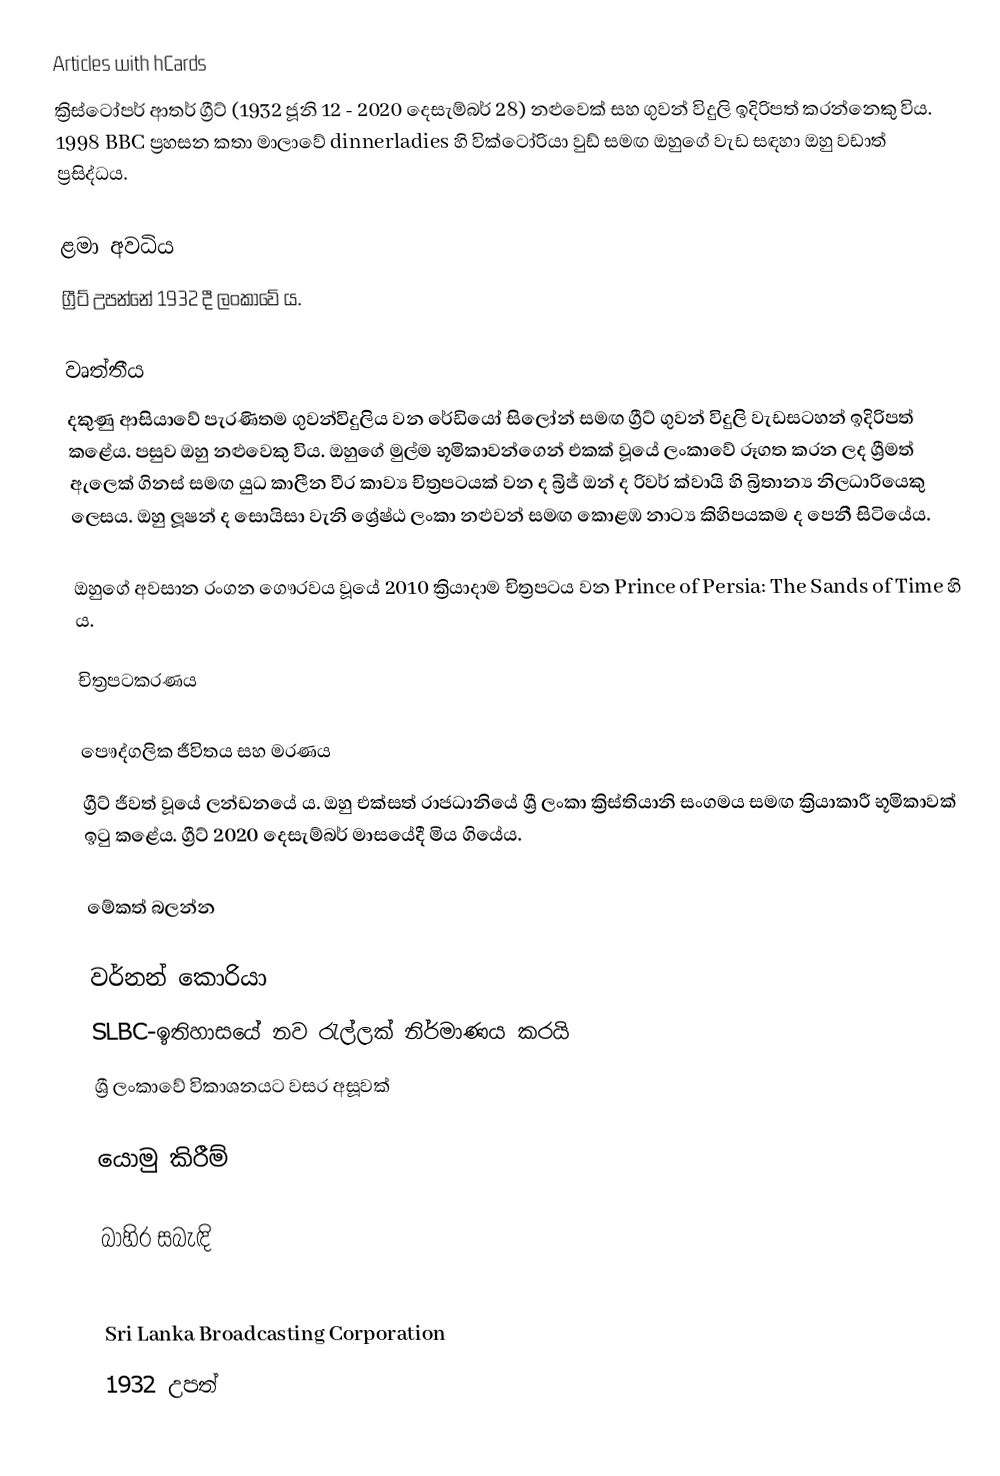
Articles with hCards
ක්‍රිස්ටෝපර් ආතර් ග්‍රීට් (1932 ජූනි 12 - 2020 දෙසැම්බර් 28)  නළුවෙක් සහ ගුවන් විදුලි ඉදිරිපත් කරන්නෙකු විය. 1998 BBC ප්‍රහසන කතා මාලාවේ dinnerladies හි වික්ටෝරියා වුඩ් සමඟ ඔහුගේ වැඩ සඳහා ඔහු වඩාත් ප්‍රසිද්ධය.

ළමා අවධිය
ග්‍රීට් උපන්නේ 1932 දී ලංකාවේ ය.

වෘත්තීය
දකුණු ආසියාවේ පැරණිතම ගුවන්විදුලිය වන රේඩියෝ සිලෝන් සමඟ ග්‍රීට් ගුවන් විදුලි වැඩසටහන් ඉදිරිපත් කළේය. පසුව ඔහු නළුවෙකු විය. ඔහුගේ මුල්ම භූමිකාවන්ගෙන් එකක් වූයේ ලංකාවේ රූගත කරන ලද ශ්‍රීමත් ඇලෙක් ගිනස් සමඟ යුධ කාලීන වීර කාව්‍ය චිත්‍රපටයක් වන ද බ්‍රිජ් ඔන් ද රිවර් ක්වායි හි බ්‍රිතාන්‍ය නිලධාරියෙකු ලෙසය. ඔහු ලූෂන් ද සොයිසා වැනි ශ්‍රේෂ්ඨ ලංකා නළුවන් සමඟ කොළඹ නාට්‍ය කිහිපයකම ද පෙනී සිටියේය.

ඔහුගේ අවසාන රංගන ගෞරවය වූයේ 2010 ක්‍රියාදාම චිත්‍රපටය වන Prince of Persia: The Sands of Time හි ය.

චිත්‍රපටකරණය

පෞද්ගලික ජීවිතය සහ මරණය
ග්‍රීට් ජීවත් වූයේ ලන්ඩනයේ ය. ඔහු එක්සත් රාජධානියේ ශ්‍රී ලංකා ක්‍රිස්තියානි සංගමය සමඟ ක්‍රියාකාරී භූමිකාවක් ඉටු කළේය. ග්‍රීට් 2020 දෙසැම්බර් මාසයේදී මිය ගියේය.

මේකත් බලන්න

 වර්නන් කොරියා
 SLBC-ඉතිහාසයේ නව රැල්ලක් නිර්මාණය කරයි
 ශ්‍රී ලංකාවේ විකාශනයට වසර අසූවක්

යොමු කිරීම්

බාහිර සබැඳි

 Sri Lanka Broadcasting Corporation
1932 උපත්